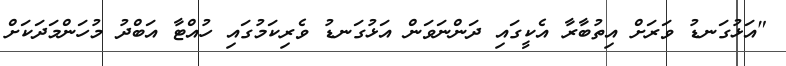
"އަޅުގަނޑު ވަރަށް އިތުބާރާ އެކީގައި ދަންނަވަން އަޅުގަނޑު ވެރިކަމުގައި ހުއްޓާ އަބްދު މުހަންމަދަކަށް